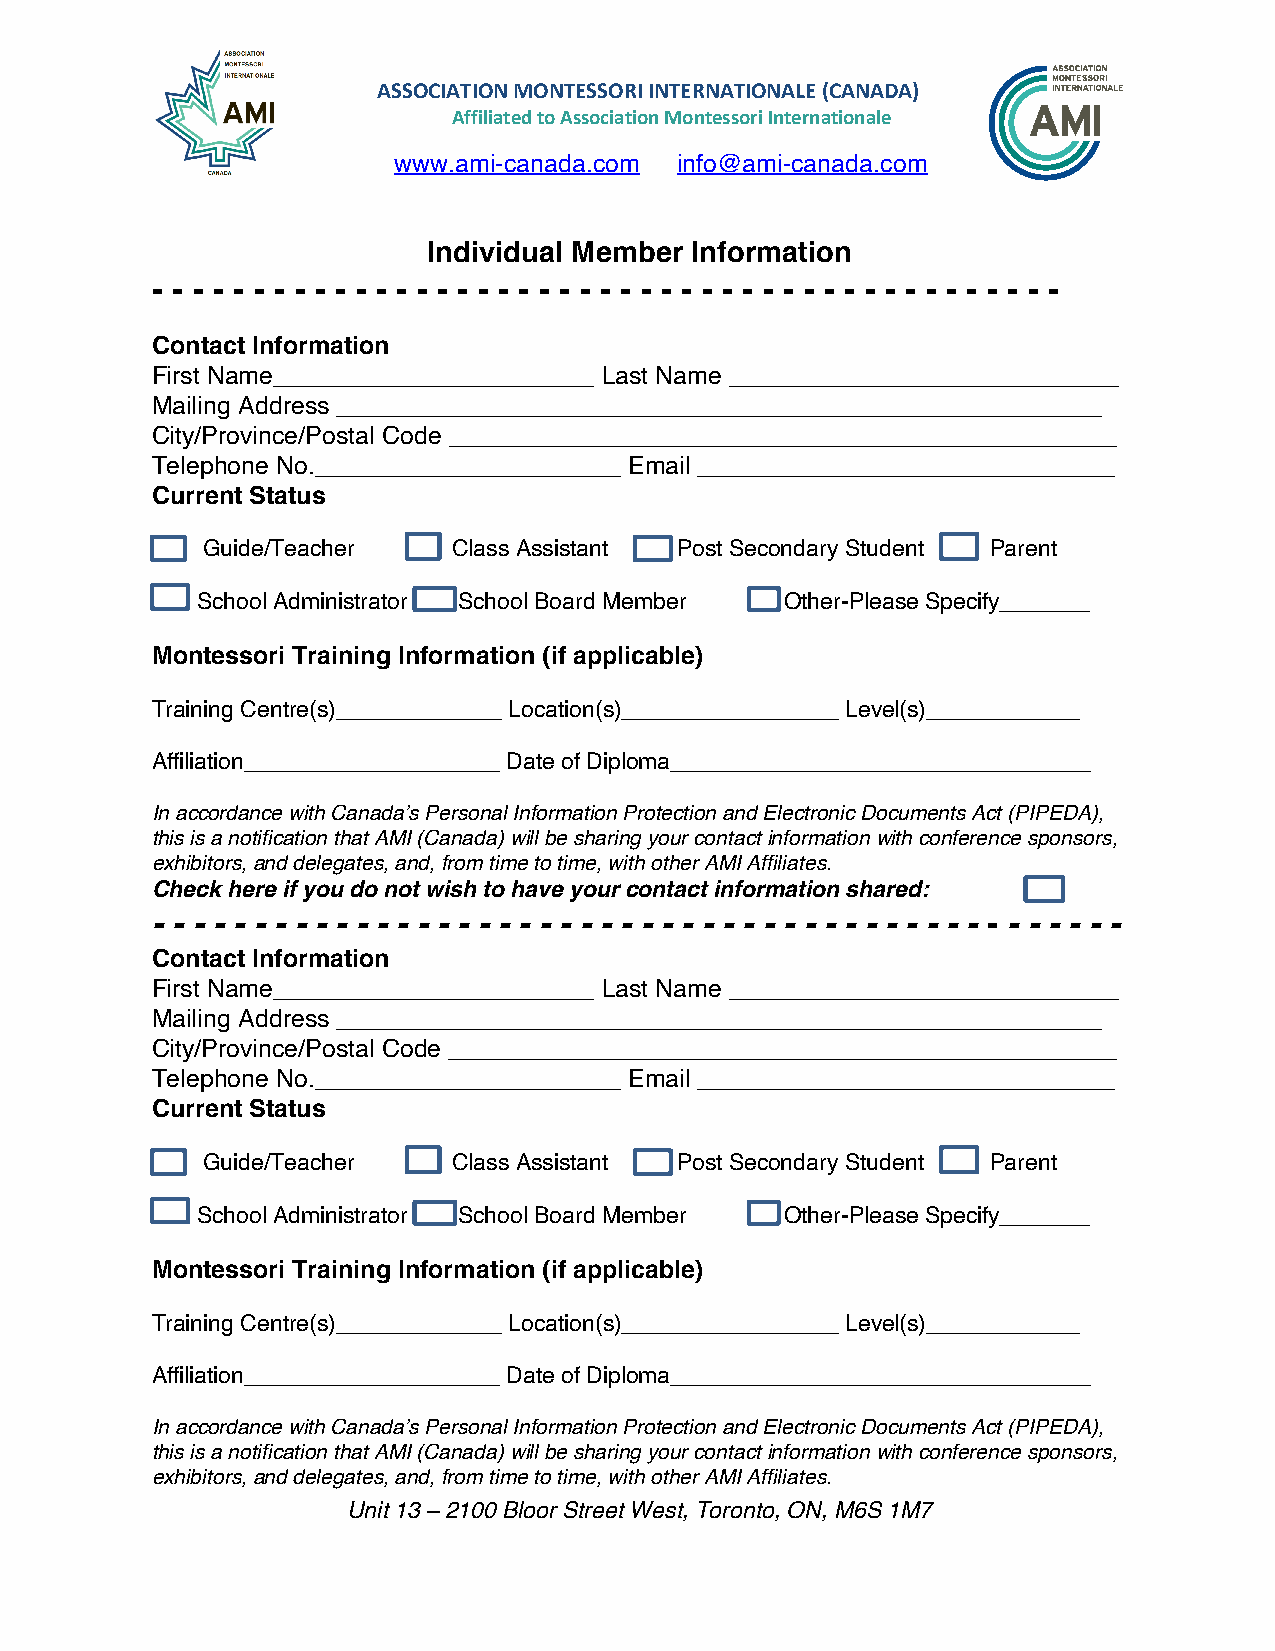
ASSOCIATION MONTESSORI INTERNATIONALE (CANADA)
 Affiliated to Association Montessori Internationale
 www.ami-canada.com info@ami-canada.com
 Individual Member Information
 - - - - - - - - - - - - - - - - - - - - - - - - - - - - - - - - - - - - - - - - - - - - -
 Contact Information
 First Name_______________________ Last Name ____________________________
 Mailing Address _______________________________________________________
 City/Province/Postal Code ________________________________________________
 Telephone No.______________________ Email ______________________________
 Current Status
 Guide/Teacher    Class Assistant Post Secondary Student Parent
 School Administrator School Board Member Other-Please Specify_______
 Montessori Training Information (if applicable)
 Training Centre(s)_____________ Location(s)_________________ Level(s)____________
 Affiliation____________________ Date of Diploma_________________________________
 In accordance with Canada’s Personal Information Protection and Electronic Documents Act (PIPEDA),
 this is a notification that AMI (Canada) will be sharing your contact information with conference sponsors,
 exhibitors, and delegates, and, from time to time, with other AMI Affiliates.
 Check here if you do not wish to have your contact information shared:
 - - - - - - - - - - - - - - - - - - - - - - - - - - - - - - - - - - - - - - - - - - - - - - - -
 Contact Information
 First Name_______________________ Last Name ____________________________
 Mailing Address _______________________________________________________
 City/Province/Postal Code ________________________________________________
 Telephone No.______________________ Email ______________________________
 Current Status
 Guide/Teacher    Class Assistant Post Secondary Student Parent
 School Administrator School Board Member Other-Please Specify_______
 Montessori Training Information (if applicable)
 Training Centre(s)_____________ Location(s)_________________ Level(s)____________
 Affiliation____________________ Date of Diploma_________________________________
 In accordance with Canada’s Personal Information Protection and Electronic Documents Act (PIPEDA),
 this is a notification that AMI (Canada) will be sharing your contact information with conference sponsors,
 exhibitors, and delegates, and, from time to time, with other AMI Affiliates.
 Unit 13 – 2100 Bloor Street West, Toronto, ON, M6S 1M7